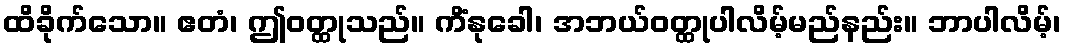
ထိခိုက်သော။ ဧတံ၊ ဤဝတ္ထုသည်။ ကိံနုခေါ၊ အဘယ်ဝတ္ထုပါလိမ့်မည်နည်း။ ဘာပါလိမ့်၊